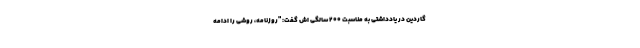
گاردین در یادداشتی به مناسبت 200 سالگی اش گفت: "روزنامه، روشی را ادامه